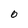
Character: O